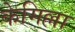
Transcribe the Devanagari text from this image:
केमिल्ला